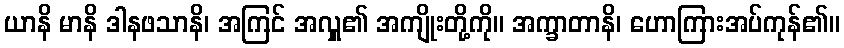
ယာနိ မာနိ ဒါနဖသာနိ၊ အကြင် အလှူ၏ အကျိုးတို့ကို။ အက္ခာတာနိ၊ ဟောကြားအပ်ကုန်၏။